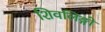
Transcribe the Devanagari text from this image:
शिवलिङ्गो